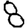
Digit: 8